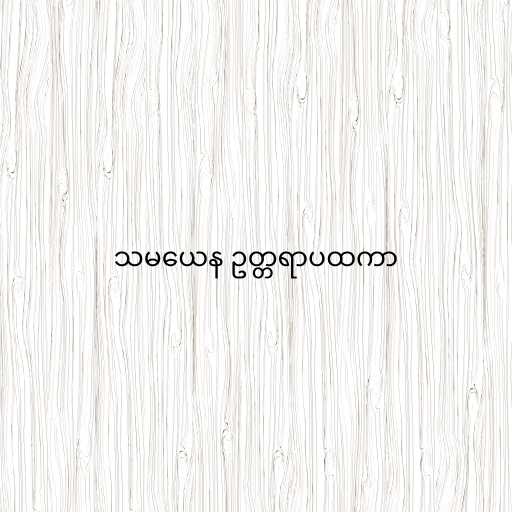
သမယေန ဥတ္တရာပထကာ